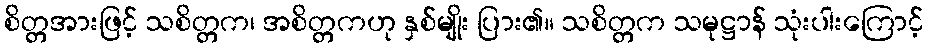
စိတ္တအားဖြင့် သစိတ္တက၊ အစိတ္တကဟု နှစ်မျိုး ပြား၏။ သစိတ္တက သမုဋ္ဌာန် သုံးပါးကြောင့်